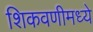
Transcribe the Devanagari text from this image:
शिकवणीमध्ये